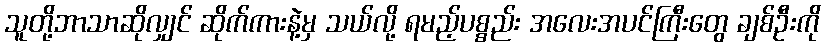
သူတို့ဘာသာဆိုလျှင် ဆိုက်ကားနဲ့မှ သယ်လို့ ရမည့်ပစ္စည်း အလေးအပင်ကြီးတွေ ချစ်ဦးကို